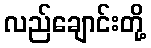
လည်ချောင်းတို့